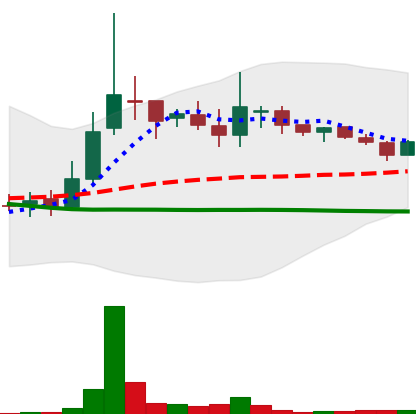
Ticker: LINK-USD
Chart end date: 2018-10-04
Forward return: 5.849%
Label: up_5_7